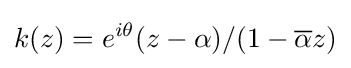
k(z)=e^{i\theta }(z-\alpha )/(1-{\overline {\alpha }}z)